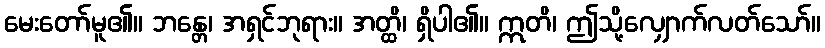
မေးတော်မူ၏။ ဘန္တေ၊ အရှင်ဘုရား။ အတ္ထိ၊ ရှိပါ၏။ ဣတိ၊ ဤသို့လျှောက်လတ်သော်။